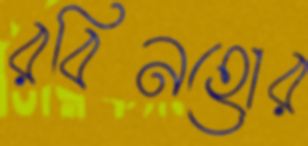
রবিনহোর